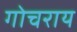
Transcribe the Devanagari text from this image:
गोचराय